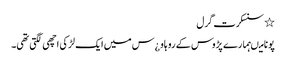
٭ سنسکرت گرل
پونا میںہمارے پڑوس کے رو ہاو ¿س میں ایک لڑکی اچھی لگتی تھی۔